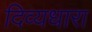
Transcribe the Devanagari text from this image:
दिव्यधारा